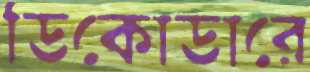
ডিকোডারে